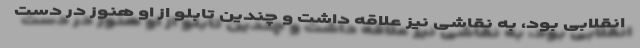
انقلابی بود، به نقاشی نیز علاقه داشت و چندین تابلو از او هنوز در دست